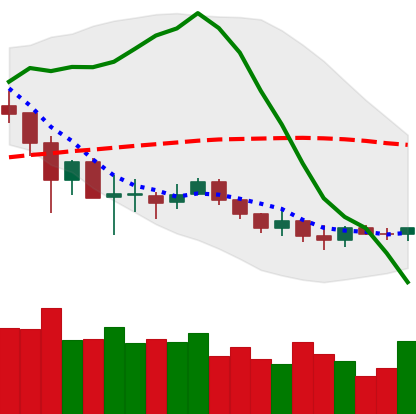
Ticker: LINK-USD
Chart end date: 2019-12-09
Forward return: -3.842%
Label: down_3_5